Report of the Indian Hemp Drugs Commission, 1894-1895 - Volume I
Year: 1894
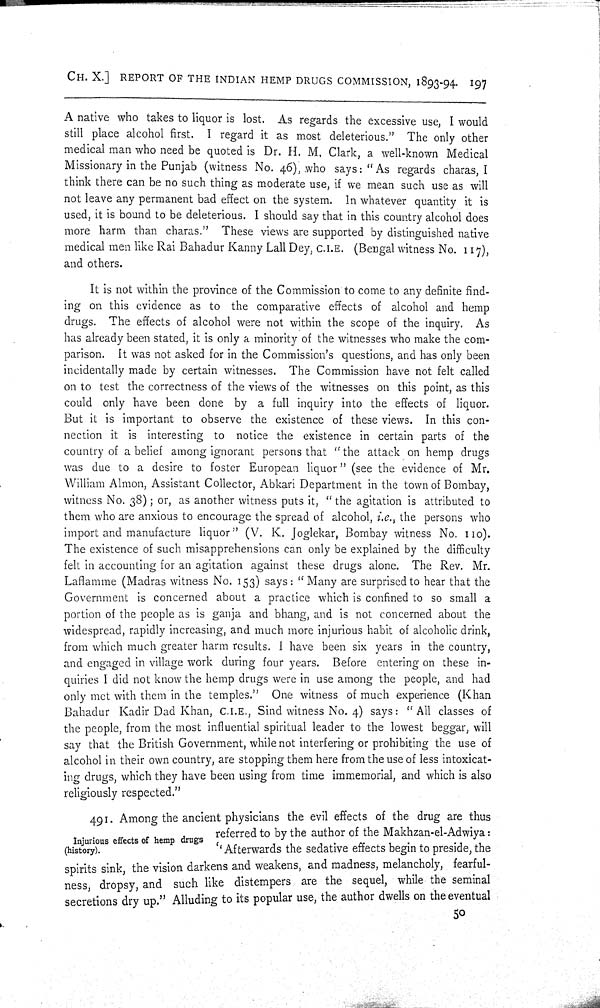
CH. X.] REPORT OF THE INDIAN HEMP DRUGS COMMISSION, 1893-94. 197
A native who takes to liquor is lost. As regards the excessive use, I would
still place alcohol first. I regard it as most deleterious." The only other
medical man who need be quoted is Dr. H. M, Clark, a well-known Medical
Missionary in the Punjab (witness No. 46), who says: "As regards charas, I
think there can be no such thing as moderate use, if we mean such use as will
not leave any permanent bad effect on the system. In whatever quantity it is
used, it is bound to be deleterious. I should say that in this country alcohol does
more harm than charas." These views are supported by distinguished native
medical men like Rai Bahadur Kanny Lall Dey, C.I.E. (Bengal witness No. 117),
and others.
It is not within the province of the Commission to come to any definite find-
ing on this evidence as to the comparative effects of alcohol and hemp
drugs. The effects of alcohol were not within the scope of the inquiry. As
has already been stated, it is only a minority of the witnesses who make the com-
parison. It was not asked for in the Commission's questions, and has only been
incidentally made by certain witnesses. The Commission have not felt called
on to test the correctness of the views of the witnesses on this point, as this
could only have been done by a full inquiry into the effects of liquor.
But it is important to observe the existence of these views. In this con-
nection it is interesting to notice the existence in certain parts of the
country of a belief among ignorant persons that "the attack on hemp drugs
was due to a desire to foster European liquor" (see the evidence of Mr.
William Almon, Assistant Collector, Abkari Department in the town of Bombay,
witness No. 38); or, as another witness puts it, "the agitation is attributed to
them who are anxious to encourage the spread of alcohol, i.e., the persons who
import and manufacture liquor" (V. K. Joglekar, Bombay witness No. 110).
The existence of such misapprehensions can only be explained by the difficulty
felt in accounting for an agitation against these drugs alone. The Rev. Mr.
Laflamme (Madras witness No. 153) says: "Many are surprised to hear that the
Government is concerned about a practice which is confined to so small a
portion of the people as is ganja and bhang, and is not concerned about the
widespread, rapidly increasing, and much more injurious habit of alcoholic drink,
from which much greater harm results. I have been six years in the country,
and engaged in village work during four years. Before entering on these in-
quiries I did not know the hemp drugs were in use among the people, and had
only met with them in the temples." One witness of much experience (Khan
Bahadur Kadir Dad Khan, C.I.E., Sind witness No. 4) says: "All classes of
the people, from the most influential spiritual leader to the lowest beggar, will
say that the British Government, while not interfering or prohibiting the use of
alcohol in their own country, are stopping them here from the use of less intoxicat-
ing drugs, which they have been using from time immemorial, and which is also
religiously respected."
Injurious effects of hemp drugs
(history).
491. Among the ancient physicians the evil effects of the drug are thus
referred to by the author of the Makhzan-el-Adwiya:
"Afterwards the sedative effects begin to preside, the
spirits sink, the vision darkens and weakens, and madness, melancholy, fearful-
ness, dropsy, and such like distempers are the sequel, while the seminal
secretions dry up." Alluding to its popular use, the author dwells on the eventual
50